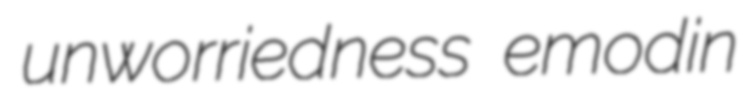
unworriedness emodin